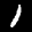
Label: 1